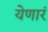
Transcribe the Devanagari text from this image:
येणारं